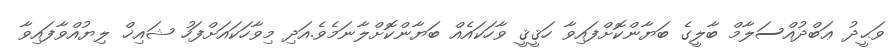
ވަޙީދު ޢަބްދުއްސަލާމް ބާލީގެ ބަޔާންކޮށްފައިވާ ހަޤީޤީ ވާހަކައެއް ބަޔާންކޮށްލާނަމެވެ.އަދި މިވާހަކައަށްފަހު ޝައިޚް ލިޔުއްވާފައިވާ